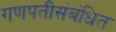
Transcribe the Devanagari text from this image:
गणपतीसंबंधित